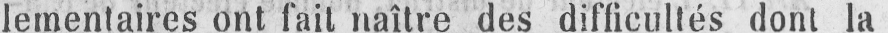
lementaires ont fait naître des difficultés dont la